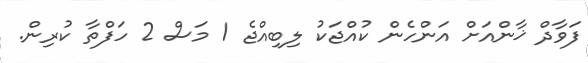
ފަވާދް ޚާންއަށް އަންހެން ކުއްޖަކު ލިބިއްޖެ 1 މަސް 2 ހަފްތާ ކުރިން.